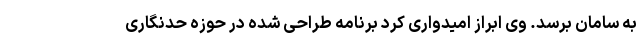
به سامان برسد. وی ابراز امیدواری کرد برنامه طراحی شده در حوزه حدنگاری